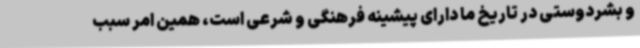
و بشردوستی در تاریخ ما دارای پیشینه فرهنگی و شرعی است، همین امر سبب